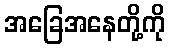
အခြေအနေတို့ကို